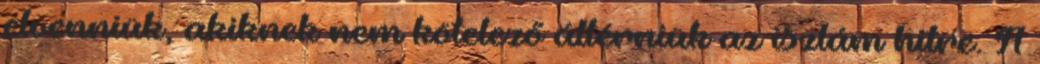
elvenniük, akiknek nem kötelező áttérniük az iszlám hitre. A